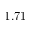
1 . 7 1